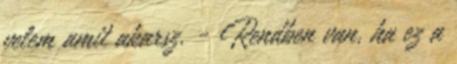
velem amit akarsz. - Rendben van, ha ez a